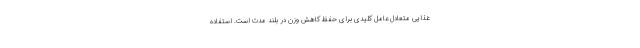
غذایی متعادل عامل کلیدی برای حفظ کاهش وزن در بلند مدت است. استفاده